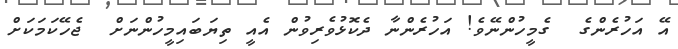
އޭ އަހުރެންގެ  ގެމީހުންނޭވެ! އަހުރެންނާ ދެކޮޅުވެރިވުން އެއީ ތިޔަބައިމީހުންނަށް  ޖެހޭކަމަކަށް